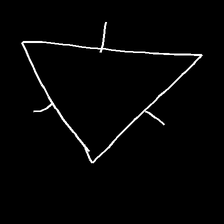
Glyph: fire